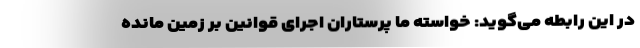
در این رابطه می‌گوید: خواسته ما پرستاران اجرای قوانین بر زمین مانده